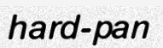
hard-pan